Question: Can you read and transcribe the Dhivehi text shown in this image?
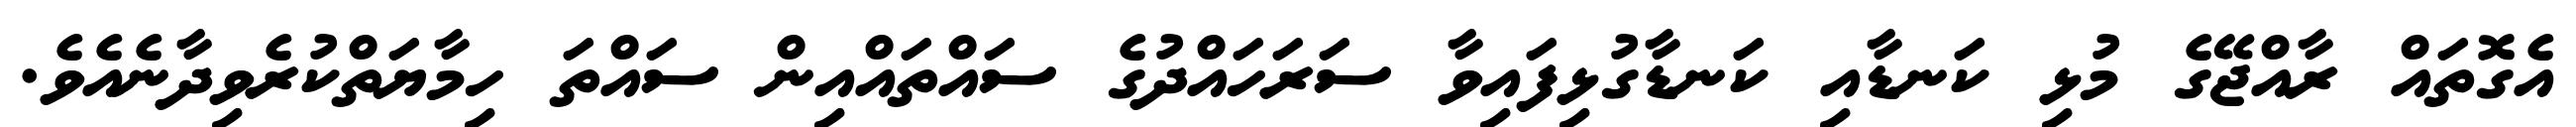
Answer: އެގޮތައް ރާއްޖޭގެ މުޅި ކަނޑާއި ކަނޑާގުޅިފައިވާ ސަރަހައްދުގެ ސައްތައްއިން ސައްތަ ހިމާޔަތްކުރެވިދާނެއެވެ.